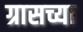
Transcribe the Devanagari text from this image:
ग्रासच्या